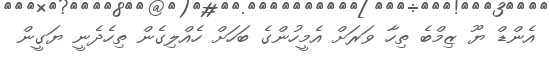
އެންޑް ޔޫ ޒިމްބެ ތިހާ ވަރަށް އެމީހުންގެ ބަހަށް ހެއްލިގެން ތިހެދެނީ ޔަގީން